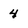
Character: 4